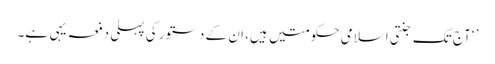
’ ‘آج تک جنتی اسلامی حکومتیں ہیں، ان کے دستور کی پہلی دفعہ یہی ہے۔